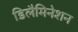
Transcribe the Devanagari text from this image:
डिलैमिनेशन